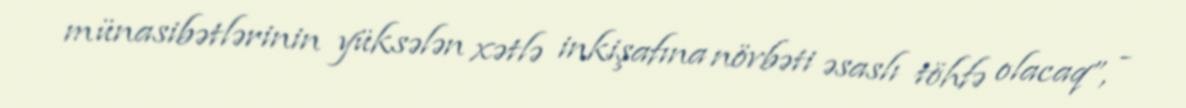
münasibətlərinin yüksələn xətlə inkişafına növbəti əsaslı töhfə olacaq”, -